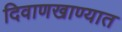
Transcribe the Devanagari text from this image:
दिवाणखाण्यात